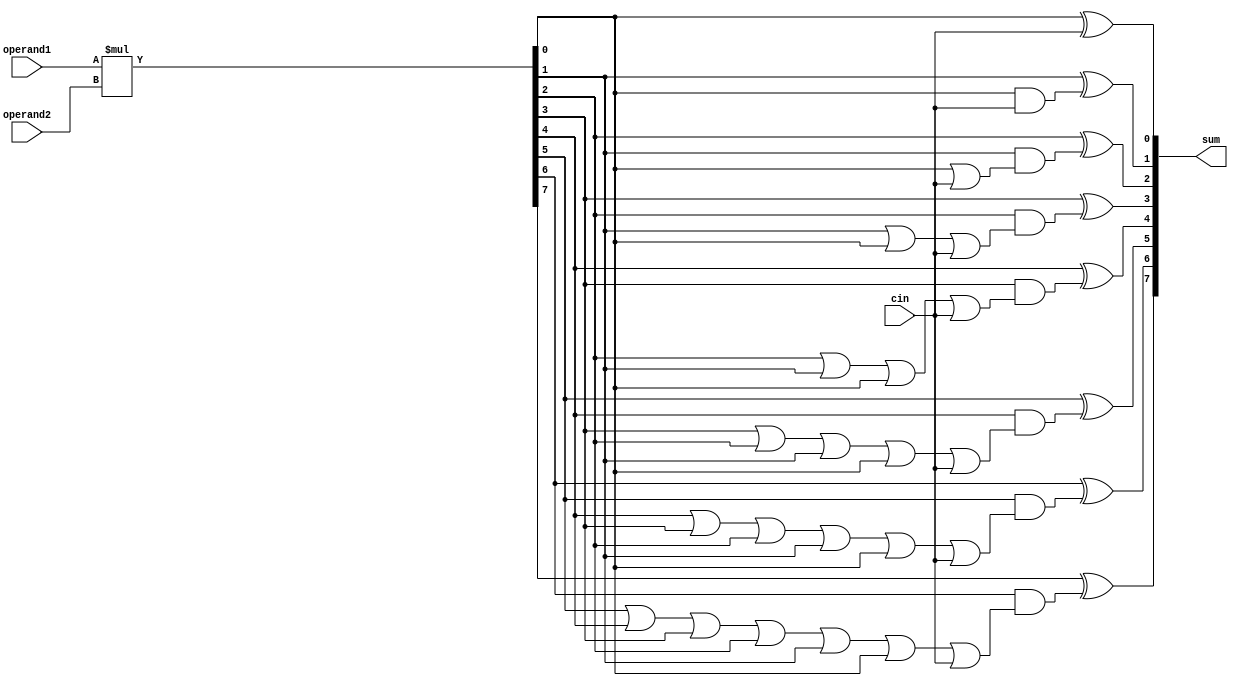
module carry_save_adder(
  input wire [3:0] operand1,
  input wire [3:0] operand2,
  input wire cin,
  output wire [7:0] sum
);

wire [7:0] partial_products;
wire [7:0] carry_save_sum;

// Partial Product Generator
assign partial_products = operand1 * operand2;

// Carry Save Accumulator
assign carry_save_sum[0] = partial_products[0] ^ cin;
assign carry_save_sum[1] = partial_products[1] ^ (partial_products[0] & cin);
assign carry_save_sum[2] = partial_products[2] ^ (partial_products[1] & (partial_products[0] | cin));
assign carry_save_sum[3] = partial_products[3] ^ (partial_products[2] & (partial_products[1] | partial_products[0] | cin));
assign carry_save_sum[4] = partial_products[4] ^ (partial_products[3] & (partial_products[2] | partial_products[1] | partial_products[0] | cin));
assign carry_save_sum[5] = partial_products[5] ^ (partial_products[4] & (partial_products[3] | partial_products[2] | partial_products[1] | partial_products[0] | cin));
assign carry_save_sum[6] = partial_products[6] ^ (partial_products[5] & (partial_products[4] | partial_products[3] | partial_products[2] | partial_products[1] | partial_products[0] | cin));
assign carry_save_sum[7] = partial_products[7] ^ (partial_products[6] & (partial_products[5] | partial_products[4] | partial_products[3] | partial_products[2] | partial_products[1] | partial_products[0] | cin));

assign sum = carry_save_sum;

endmodule